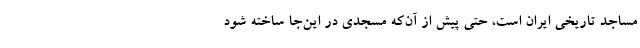
مساجد تاریخی ایران است، حتی پیش از آن‌که مسجدی در این‌جا ساخته شود